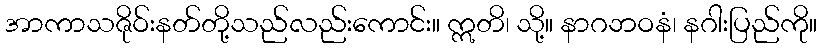
အာကာသဇိုဝ်းနတ်တို့သည်လည်းကောင်း။ ဣတိ၊ သို့။ နာဂဘဝနံ၊ နဂါးပြည်ကို။